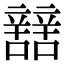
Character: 𨐼